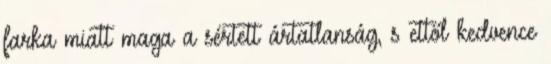
farka miatt maga a sértett ártatlanság, s ettől kedvence